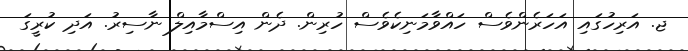
ޖ. އަރިހުގައި އަހަރެންވެސް ހައްވާމަނިކެވެސް ހުރިން. ދެން އިސްމާއިލް ނާސިރު. އަދި ކުރީގަ